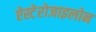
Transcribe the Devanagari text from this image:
ऐस्टेरोजाइलोन